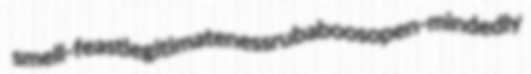
smell-feast legitimateness rubaboos open-mindedly